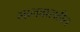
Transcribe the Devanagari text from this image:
मानवासहीत